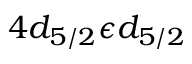
4 d _ { 5 / 2 } \epsilon d _ { 5 / 2 }